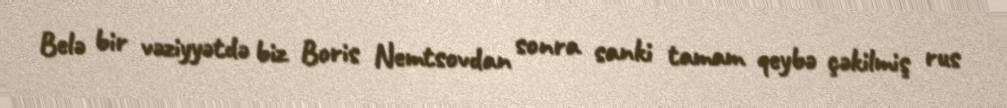
Belə bir vəziyyətdə biz Boris Nemtsovdan sonra sanki tamam qeybə çəkilmiş rus